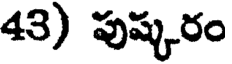
43) పుష్కరం